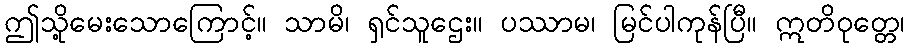
ဤသို့မေးသောကြောင့်။ သာမိ၊ ရှင်သူဌေး။ ပဿာမ၊ မြင်ပါကုန်ပြီ။ ဣတိဝုတ္တေ၊